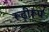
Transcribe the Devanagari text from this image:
रूढ़ीरूप